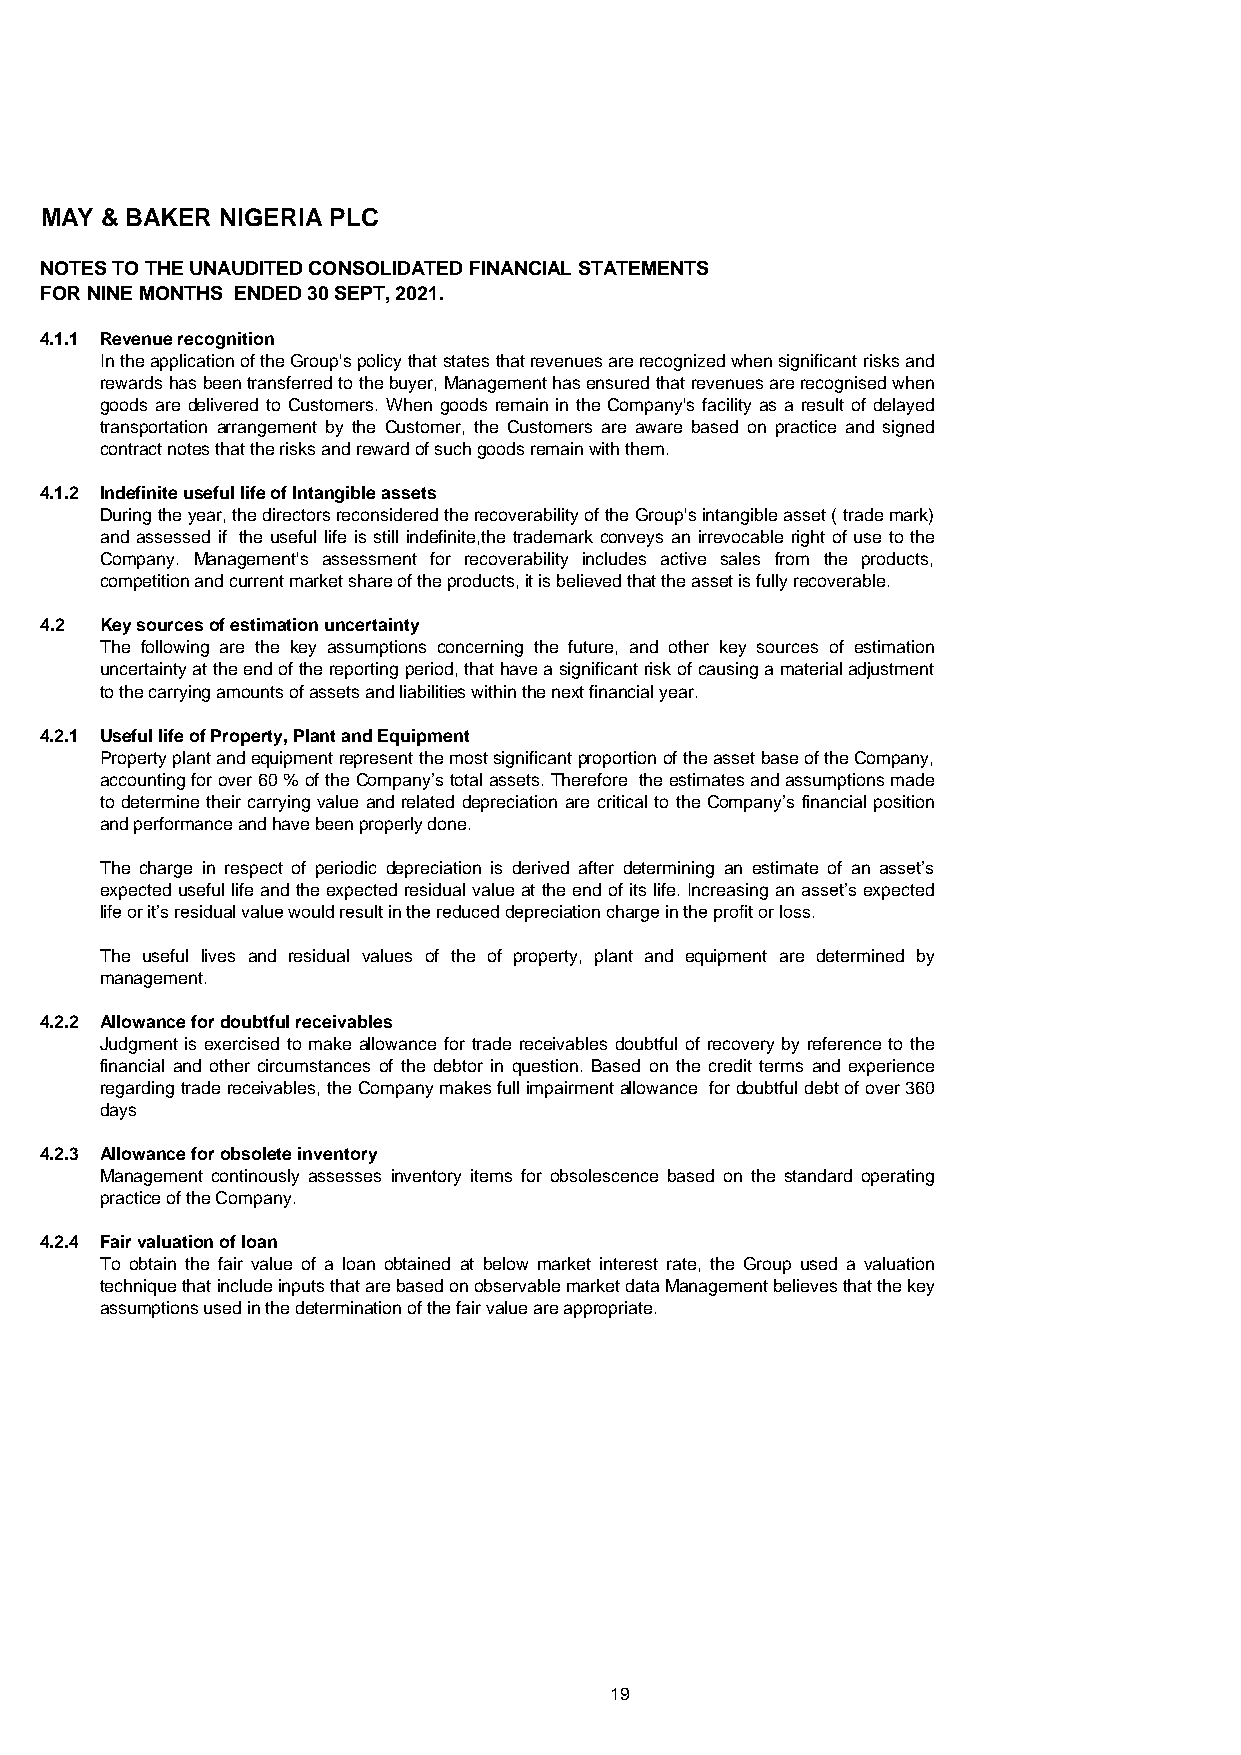
MAY & BAKER NIGERIA PLC
 NOTES TO THE UNAUDITED CONSOLIDATED FINANCIAL STATEMENTS
 FOR NINE MONTHS ENDED 30 SEPT, 2021.
 4.1.1 Revenue recognition
 IntheapplicationoftheGroup'spolicythatstatesthatrevenuesarerecognizedwhensignificantrisksand
 rewardshasbeentransferredtothebuyer,Managementhasensuredthatrevenuesarerecognisedwhen
 goods are delivered to Customers. When goods remain in the Company's facility as a result of delayed
 transportation arrangement by the Customer, the Customers are aware based on practice and signed
 contract notes that the risks and reward of such goods remain with them.
 4.1.2 Indefinite useful life of Intangible assets
 Duringtheyear,thedirectorsreconsideredtherecoverabilityoftheGroup'sintangibleasset(trademark)
 and assessed if the useful life is still indefinite,the trademark conveys an irrevocable right of use to the
 Company. Management's assessment for recoverability includes active sales from the products,
 competition and current market share of the products, it is believed that the asset is fully recoverable.
 4.2 Key sources of estimation uncertainty
 The following are the key assumptions concerning the future, and other key sources of estimation
 uncertaintyattheendofthereportingperiod,thathaveasignificantriskofcausingamaterialadjustment
 to the carrying amounts of assets and liabilities within the next financial year.
 4.2.1 Useful life of Property, Plant and Equipment
 PropertyplantandequipmentrepresentthemostsignificantproportionoftheassetbaseoftheCompany,
 accountingforover60%oftheCompany’stotalassets.Therefore theestimatesandassumptionsmade
 to determine their carrying value and related depreciation are critical to the Company’s financial position
 and performance and have been properly done.
 The charge in respect of periodic depreciation is derived after determining an estimate of an asset’s
 expecteduseful lifeandtheexpectedresidual valueat theendof its life. Increasingan asset’s expected
 life or it’s residual value would result in the reduced depreciation charge in the profit or loss.
 The useful lives and residual values of the of property, plant and equipment are determined by
 management.
 4.2.2 Allowance for doubtful receivables
 Judgment is exercised to make allowance for trade receivables doubtful of recovery by reference to the
 financial and other circumstances of the debtor in question. Based on the credit terms and experience
 regardingtradereceivables,theCompanymakesfullimpairmentallowance fordoubtfuldebtofover360
 days
 4.2.3 Allowance for obsolete inventory
 Management continously assesses inventory items for obsolescence based on the standard operating
 practice of the Company.
 4.2.4 Fair valuation of loan
 To obtain the fair value of a loan obtained at below market interest rate, the Group used a valuation
 techniquethatincludeinputsthatarebasedonobservablemarketdataManagementbelievesthatthekey
 assumptions used in the determination of the fair value are appropriate.
 19